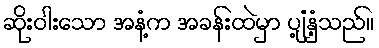
ဆိုးဝါးသော အနံ့က အခန်းထဲမှာ ပျံ့နှံ့သည်။